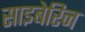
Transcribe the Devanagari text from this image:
साइबेरिन